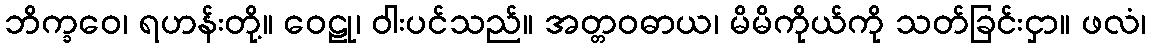
ဘိက္ခဝေ၊ ရဟန်းတို့။ ဝေဠု၊ ဝါးပင်သည်။ အတ္တဝဓာယ၊ မိမိကိုယ်ကို သတ်ခြင်းငှာ။ ဖလံ၊